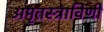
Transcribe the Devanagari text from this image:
अमृतस्त्राविणी